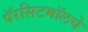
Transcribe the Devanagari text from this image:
पॅरसिटमॉलचे